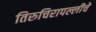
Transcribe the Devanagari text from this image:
तिरुचिरापल्लीचे